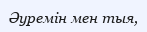
Әуремін мен тыя,